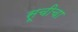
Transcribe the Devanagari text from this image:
सूचीचा